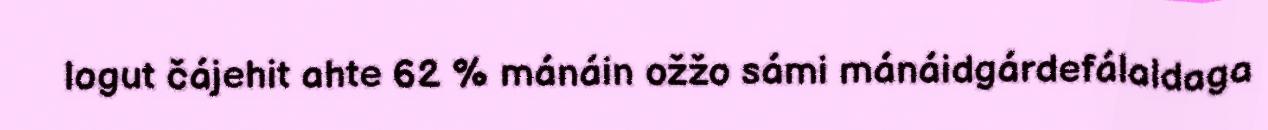
logut čájehit ahte 62 % mánáin ožžo sámi mánáidgárdefálaldaga